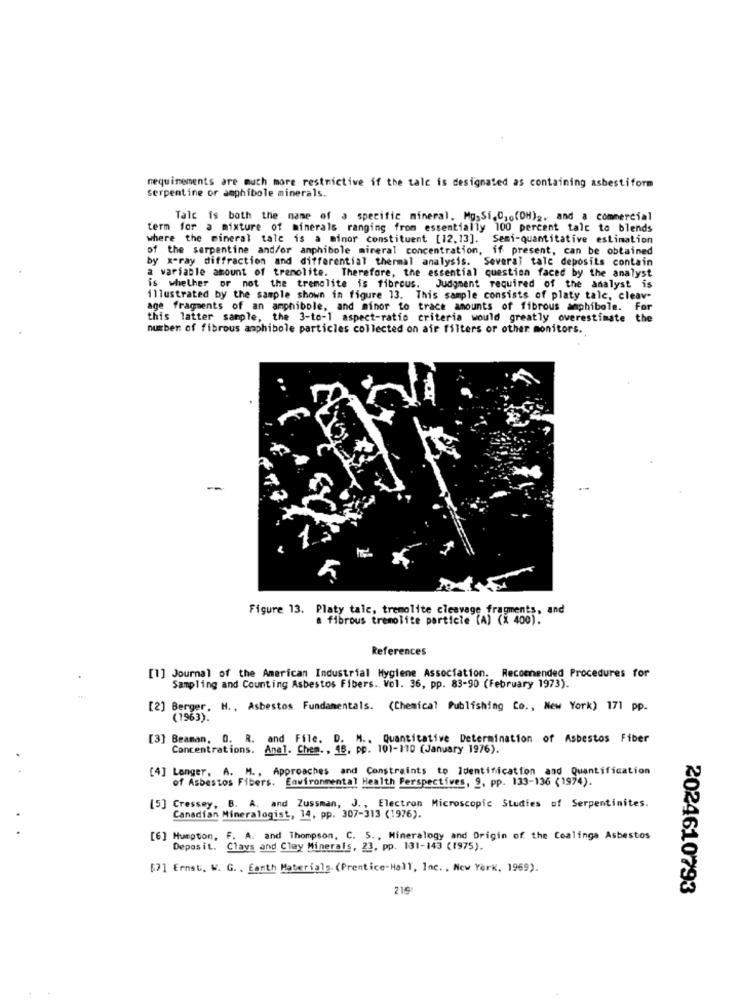
mequinements are much more restrictive if the tale is designated as containing asbestiform
serpentine or amphibole minerals.
Talc is both the name of a specific mineral. Mg.Si,C .. (OH), and a commercial
term for a mixture of minerals ranging from essentially 100 percent talc to blends
where the mineral tale is a minor constituent [12, 13]. Semi-quantitative estimation
of the serpentine and/or amphibole mineral concentration, if present, can be obtained
by x-ray diffraction and differential thermal analysis. Several tale deposits contain
a variable amount of trenolite. Therefore, the essential question faced by the analyst
is whether or not the tremolite is fibrous. Judgment required of the analyst is
illustrated by the sample shown in figure 13. This sample consists of platy talc, cleav-
age fragments of an amphibole, and minor to trace amounts of fibrous amphibole. F
this latter sample, the 3-to-1 aspect-ratio criteria would greatly overestimate the
number of fibrous amphibole particles collected on air filters or other monitors.
-
Figure 13. Platy talc, tremolite cleavage fragments, and
& fibrous tremolite particle (A) (X 400).
References
[1] Journal of the American Industrial Hygiene Association. Recomended Procedures for
Sampling and Counting Asbestos Fibers .. Vol. 36, pp. 83-90 (February 1973).
[2] Berger, H ., Asbestos Fundamentals. (Chemical Publishing Co ., New York) 171 pp.
(1963).
[3] Beaman. O. R. and File. D. M ., Quantitative Determination of Asbestos Fiber
Concentrations. Anel. Chem. , 46, pp. 101-110 (January 1976).
..
[4] Lenger, A. M ., Approaches and Constraints to Identification and Quantification
of Asbestos Fibers. Environmental Health Perspectives, 9, pp. 133-136 (1974).
[5] Cressey, B. A. and Zussman, J ., Electron Microscopic Studies of Serpentinites.
Canadian Mineralogist, 14, pp. 307-313 (1976).
[6] Humpton, F. A. and Thompson, C. S. , Mineralogy and Origin of the Coalinga Asbestos
Deposit. Clavs and Clay Minerals, 23, pp. 131-143 (1975).
[7] Ernst. W. G ., Eanth Materiala. (Prentice-Hall, Inc. , New York, 1969).
219
2024610793